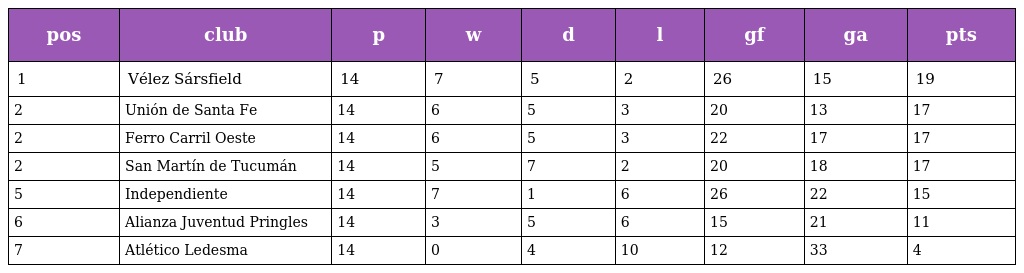
| pos | club | p | w | d | l | gf | ga | pts |
 | --- | --- | --- | --- | --- | --- | --- | --- | --- |
 | 1 | Vélez Sársfield | 14 | 7 | 5 | 2 | 26 | 15 | 19 |
 | 2 | Unión de Santa Fe | 14 | 6 | 5 | 3 | 20 | 13 | 17 |
 | 2 | Ferro Carril Oeste | 14 | 6 | 5 | 3 | 22 | 17 | 17 |
 | 2 | San Martín de Tucumán | 14 | 5 | 7 | 2 | 20 | 18 | 17 |
 | 5 | Independiente | 14 | 7 | 1 | 6 | 26 | 22 | 15 |
 | 6 | Alianza Juventud Pringles | 14 | 3 | 5 | 6 | 15 | 21 | 11 |
 | 7 | Atlético Ledesma | 14 | 0 | 4 | 10 | 12 | 33 | 4 |